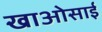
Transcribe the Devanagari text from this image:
खाओसाई